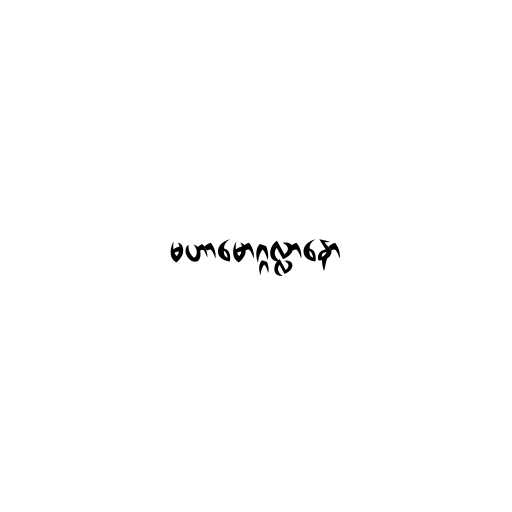
မဟာမောဂ္ဂလ္လာနော